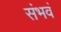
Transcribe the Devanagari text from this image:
संभवं